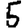
Digit: 5